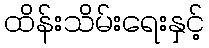
ထိန်းသိမ်းရေးနှင့်